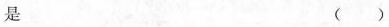
是 ( )